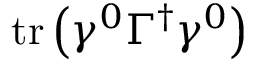
\operatorname { t r } \left( \gamma ^ { 0 } \Gamma ^ { \dagger } \gamma ^ { 0 } \right)